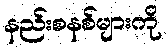
နည်းစနစ်များကို